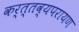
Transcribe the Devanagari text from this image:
कर्त्तव्यपरायण